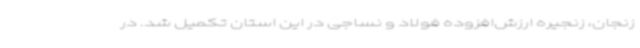
زنجان، زنجیره ارزش‌افزوده فولاد و نساجی در این استان تکمیل شد. در